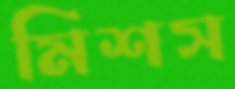
মিশস